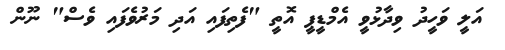
އަލީ ވަހީދު ވިދާޅުވީ އެމްޑީޕީ އޮތީ "ފެތިފައި އަދި މަރުވެފައި ވެސް" ނޫން